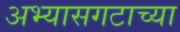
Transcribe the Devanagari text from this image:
अभ्यासगटाच्या